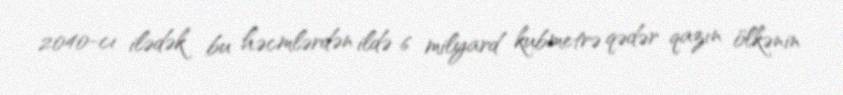
2040-cı ilədək bu həcmlərdən ildə 6 milyard kubmetrə qədər qazın ölkənin